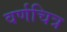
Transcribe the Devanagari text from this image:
वर्णचित्र